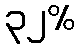
၃၂%